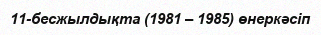
11-бесжылдықта (1981 – 1985) өнеркәсіп